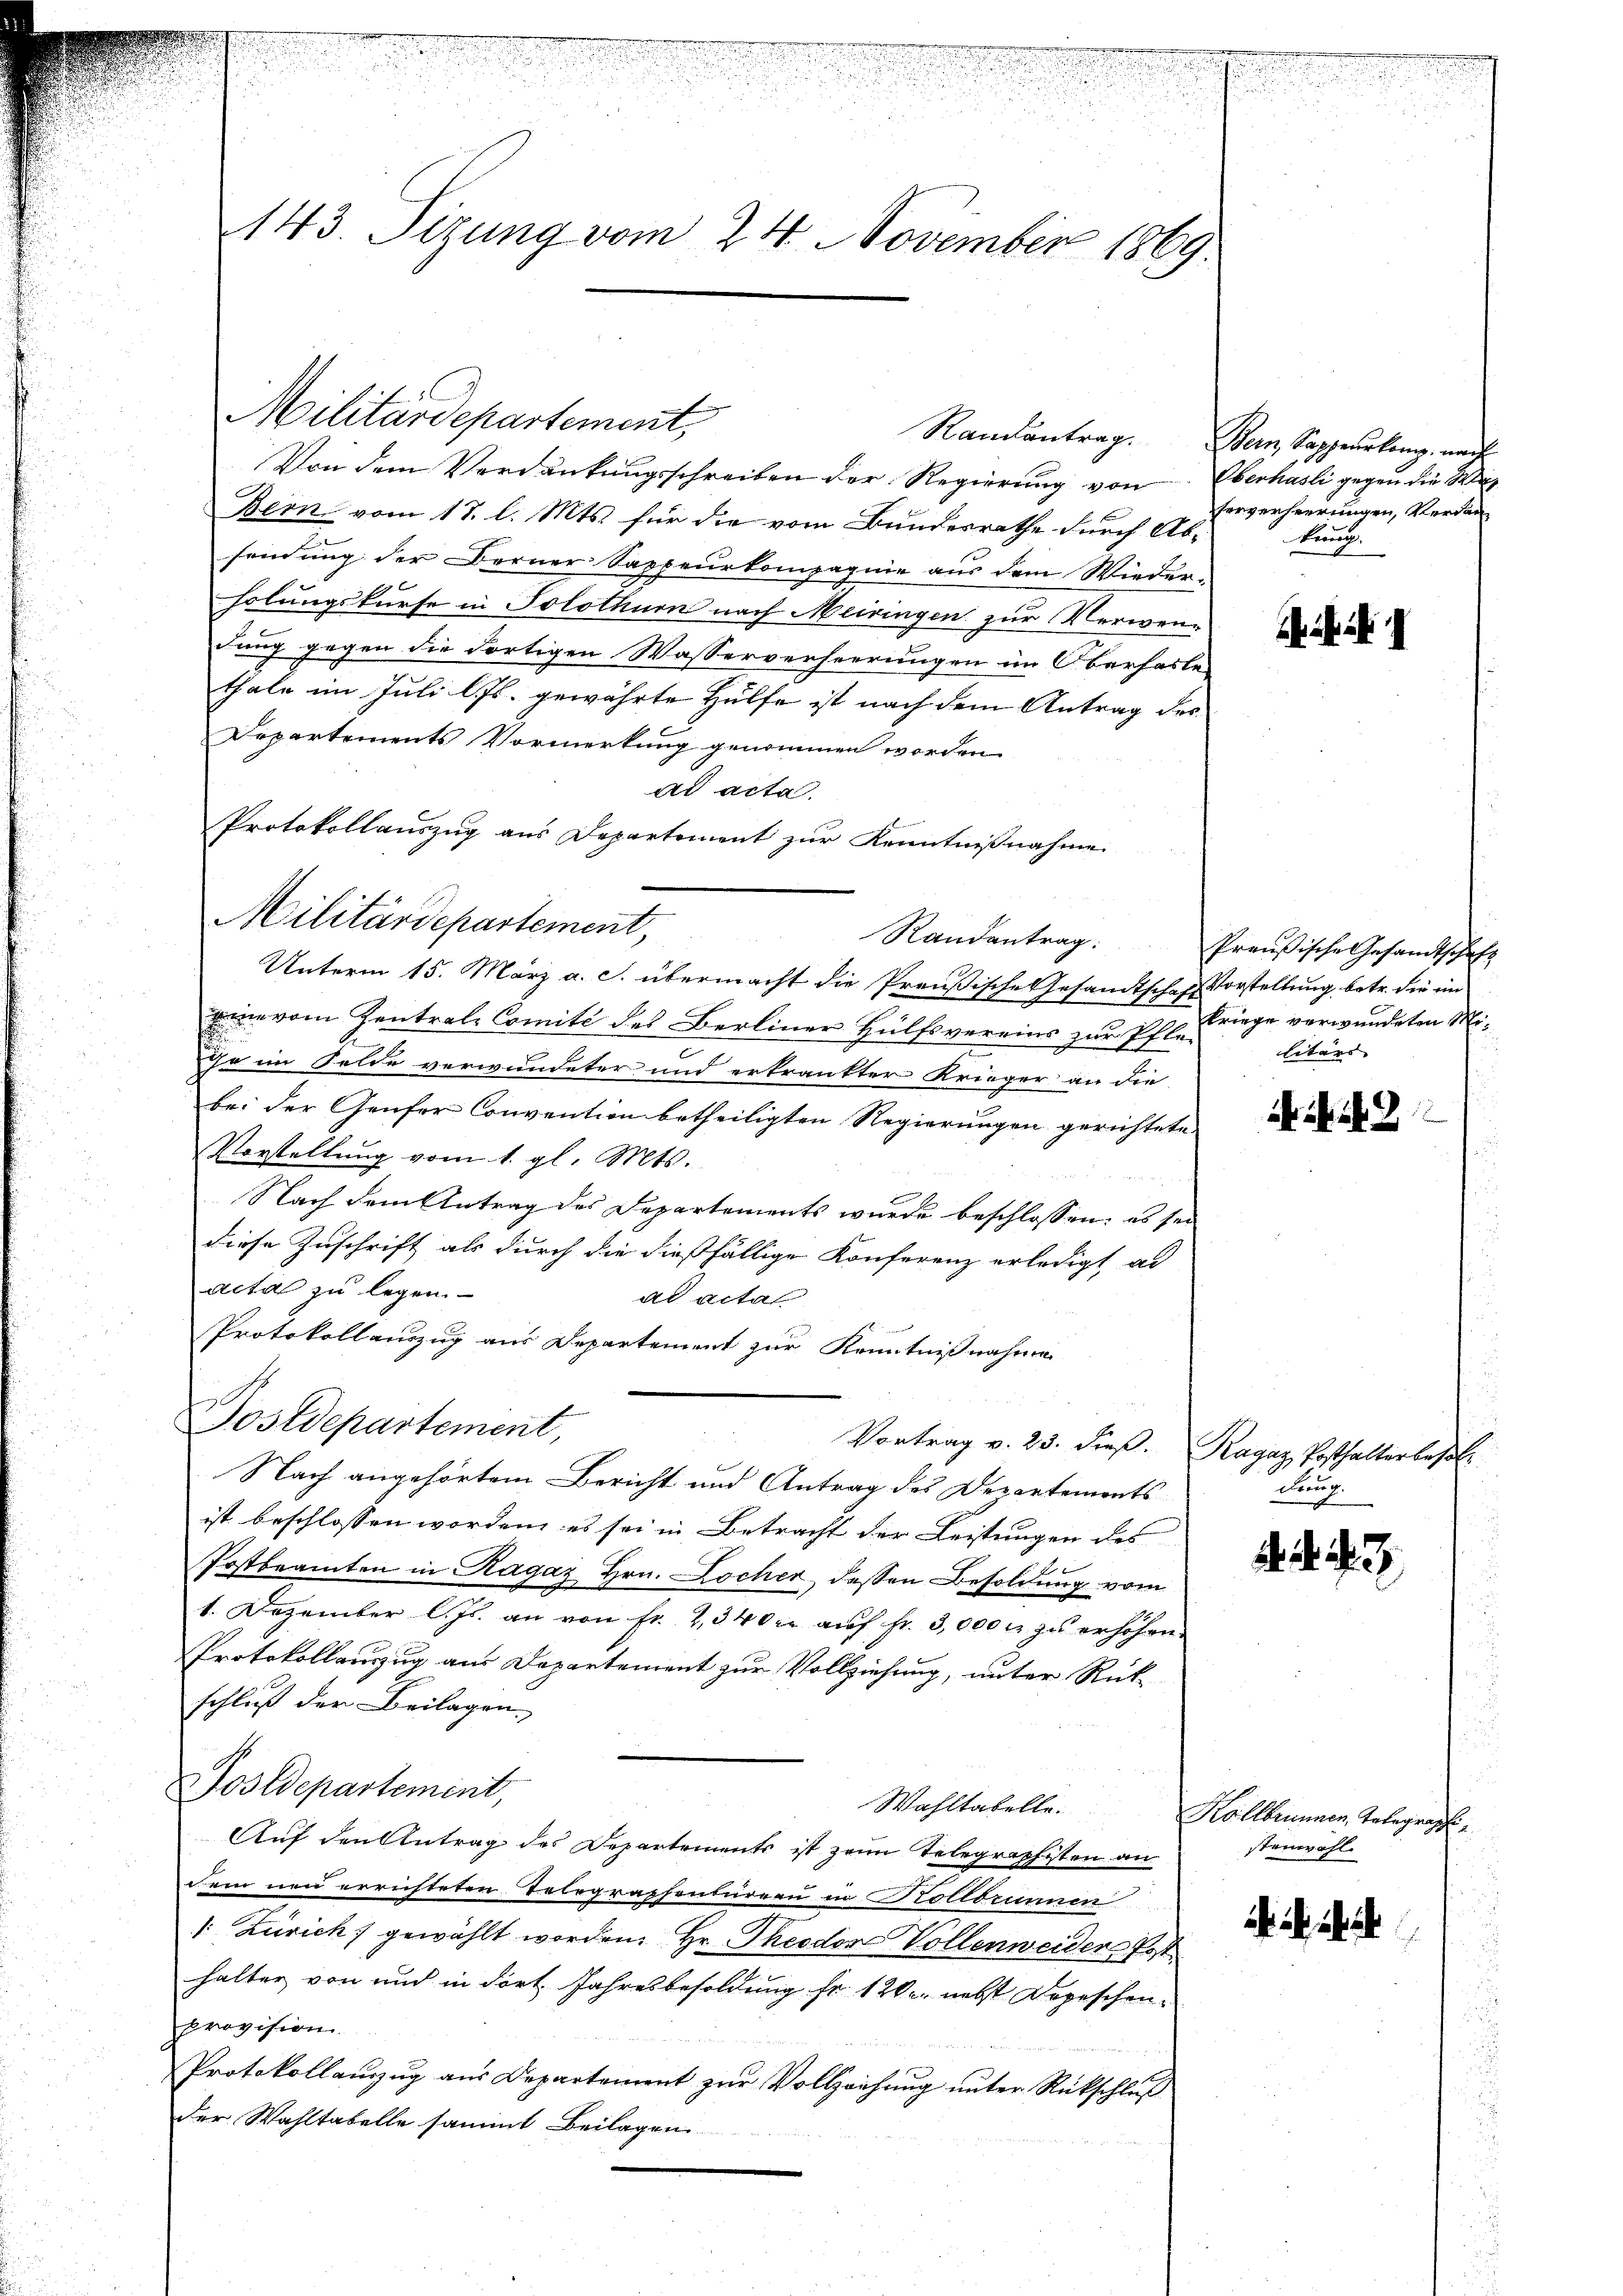
S
seien in des eine ein eine

143. Sizung vom 24. November 1869.

Militärdepartement,

Von dem Verdankungsschreiben der Regierung von Oberhasli gegen die Wa
Bern vom 18. l. Mts. für die vom Bundesrathe durch Ab-
sendung der Berner Sappeurkompagnie aus dem Wieder-
holungskurse in Solothurn nach Meiringen zur Verwendung gegen die dortigen Wasserverheerungen im Oberhasle
thale im Juli l. Js. gewährte Hülfe ist nach dem Antrag des
Departements Vormerkung genommen worden.
ad acta.
Protokollauszug aus Departement zur Kenntnißnahme
Randantrag.
Unterm 15. März a. c. übermacht die Preußische Gesandtschaft Vorstellung betr. die im
eine vom Zentral-Comité des Berliner Hülfsvereins zur Pfle-
Ga im Felde verwundeter und erkrankter Krieger an die
bei der Genfer Convention betheiligten Regierungen gerichtete
Vorstellung vom 1. gl. Mts.
Nach dem Antrag des Departements wurde beschlossen, es sei
diese Zuschrift als durch die dießfällige Konferenz erledigt ad
acta zu legen
ad actal
Protokollauszug aus Departement zur Kenntnißnahme
Postdepartement,
Vortrag v. 23. dieß. Ragaz Posthalterbehal¬
Nach angehörtem Bericht und Antrag des Departements
ist beschlossen worden, es sei in Betracht der Leistungen des
Postbeamten in Ragaz Hrn. Locher dessen Besoldung vom
1. Dezember l. Js. an von fr. 23400 aŭf fr. 3,000 r. zu erhöhen.
Protokollauszug aus Departement zur Vollziehung, unter Rück-
schluß der Beilagen.
Postdepartement,
Wahltabelle.
Auf den Antrag des Departements ist zum Telegraphisten an
dem neu errichteten Telegraphenturern in Kollbrunnen
: Zürich) gewählt worden. Hr. Theodor Vollenweider Post
halter von und in dort Jahresbesoldung fr. 120. nebst Depeschenprovision
Protokollauszug aus Departement zur Vollziehung unter Rückschluß
der Wahltabelle sammt Beilagen.

Militärdepartement,

Randantrag. Bern, Sappeurkamp, nach
serverheerungen, Verdan¬
Frung.

A

Preußische Gesandtschaft
kriege verwundeten Militärs |

13

Krup

. . . .

Kollbrunnen Gelegraph
steinwohl.

h i